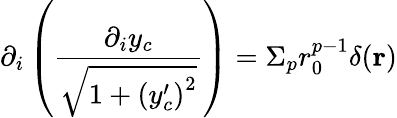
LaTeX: \partial_{i}\left(\frac{\partial_{i}y_{c}}{\sqrt{1+\left(y_{c}^{\prime}\right)^{2}}}\right)=\Sigma_{p}r_{0}^{p-1}\delta({\mathbf r})